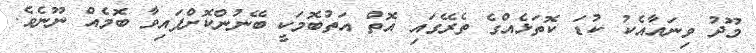
މޫދު ވިނައާއެކު ކުޑަ ކޮތަޅެއްގެ ތެރޭގައި އޮތް އަތުބޮމަކީ ބޭނުންކޮށްފައިވާ ބޮމެއް ނޫނެވެ.